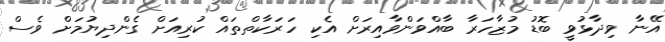
އޭނާ ވިދާޅުވީ ބޮޑު މުޒާހަރާ ބާއްވަންވާއިރަށް އެކި ހަރަކާތްތައް ކުރިއަށް ގެންދިޔުމަށް ވެސް